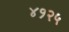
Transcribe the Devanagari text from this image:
४१२५